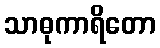
သာဓုကာရိတော